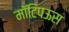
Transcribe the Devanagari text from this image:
मॉटिपऊस